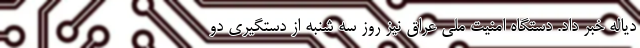
دیاله خبر داد. دستگاه امنیت ملی عراق نیز روز سه شنبه از دستگیری دو